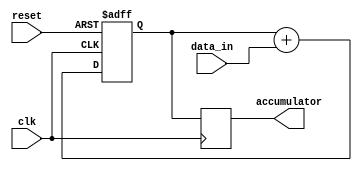
module ParallelAccumulator (
    input wire clk,
    input wire reset,
    input wire [7:0] data_in,
    output reg [15:0] accumulator
);

reg [15:0] temp_accumulator;

always @(posedge clk or posedge reset) begin
    if (reset) begin
        temp_accumulator <= 16'h0000;
    end else begin
        temp_accumulator <= temp_accumulator + data_in;
    end
end

always @(posedge clk) begin
    accumulator <= temp_accumulator;
end

endmodule